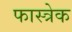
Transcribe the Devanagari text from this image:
फास्त्रेक